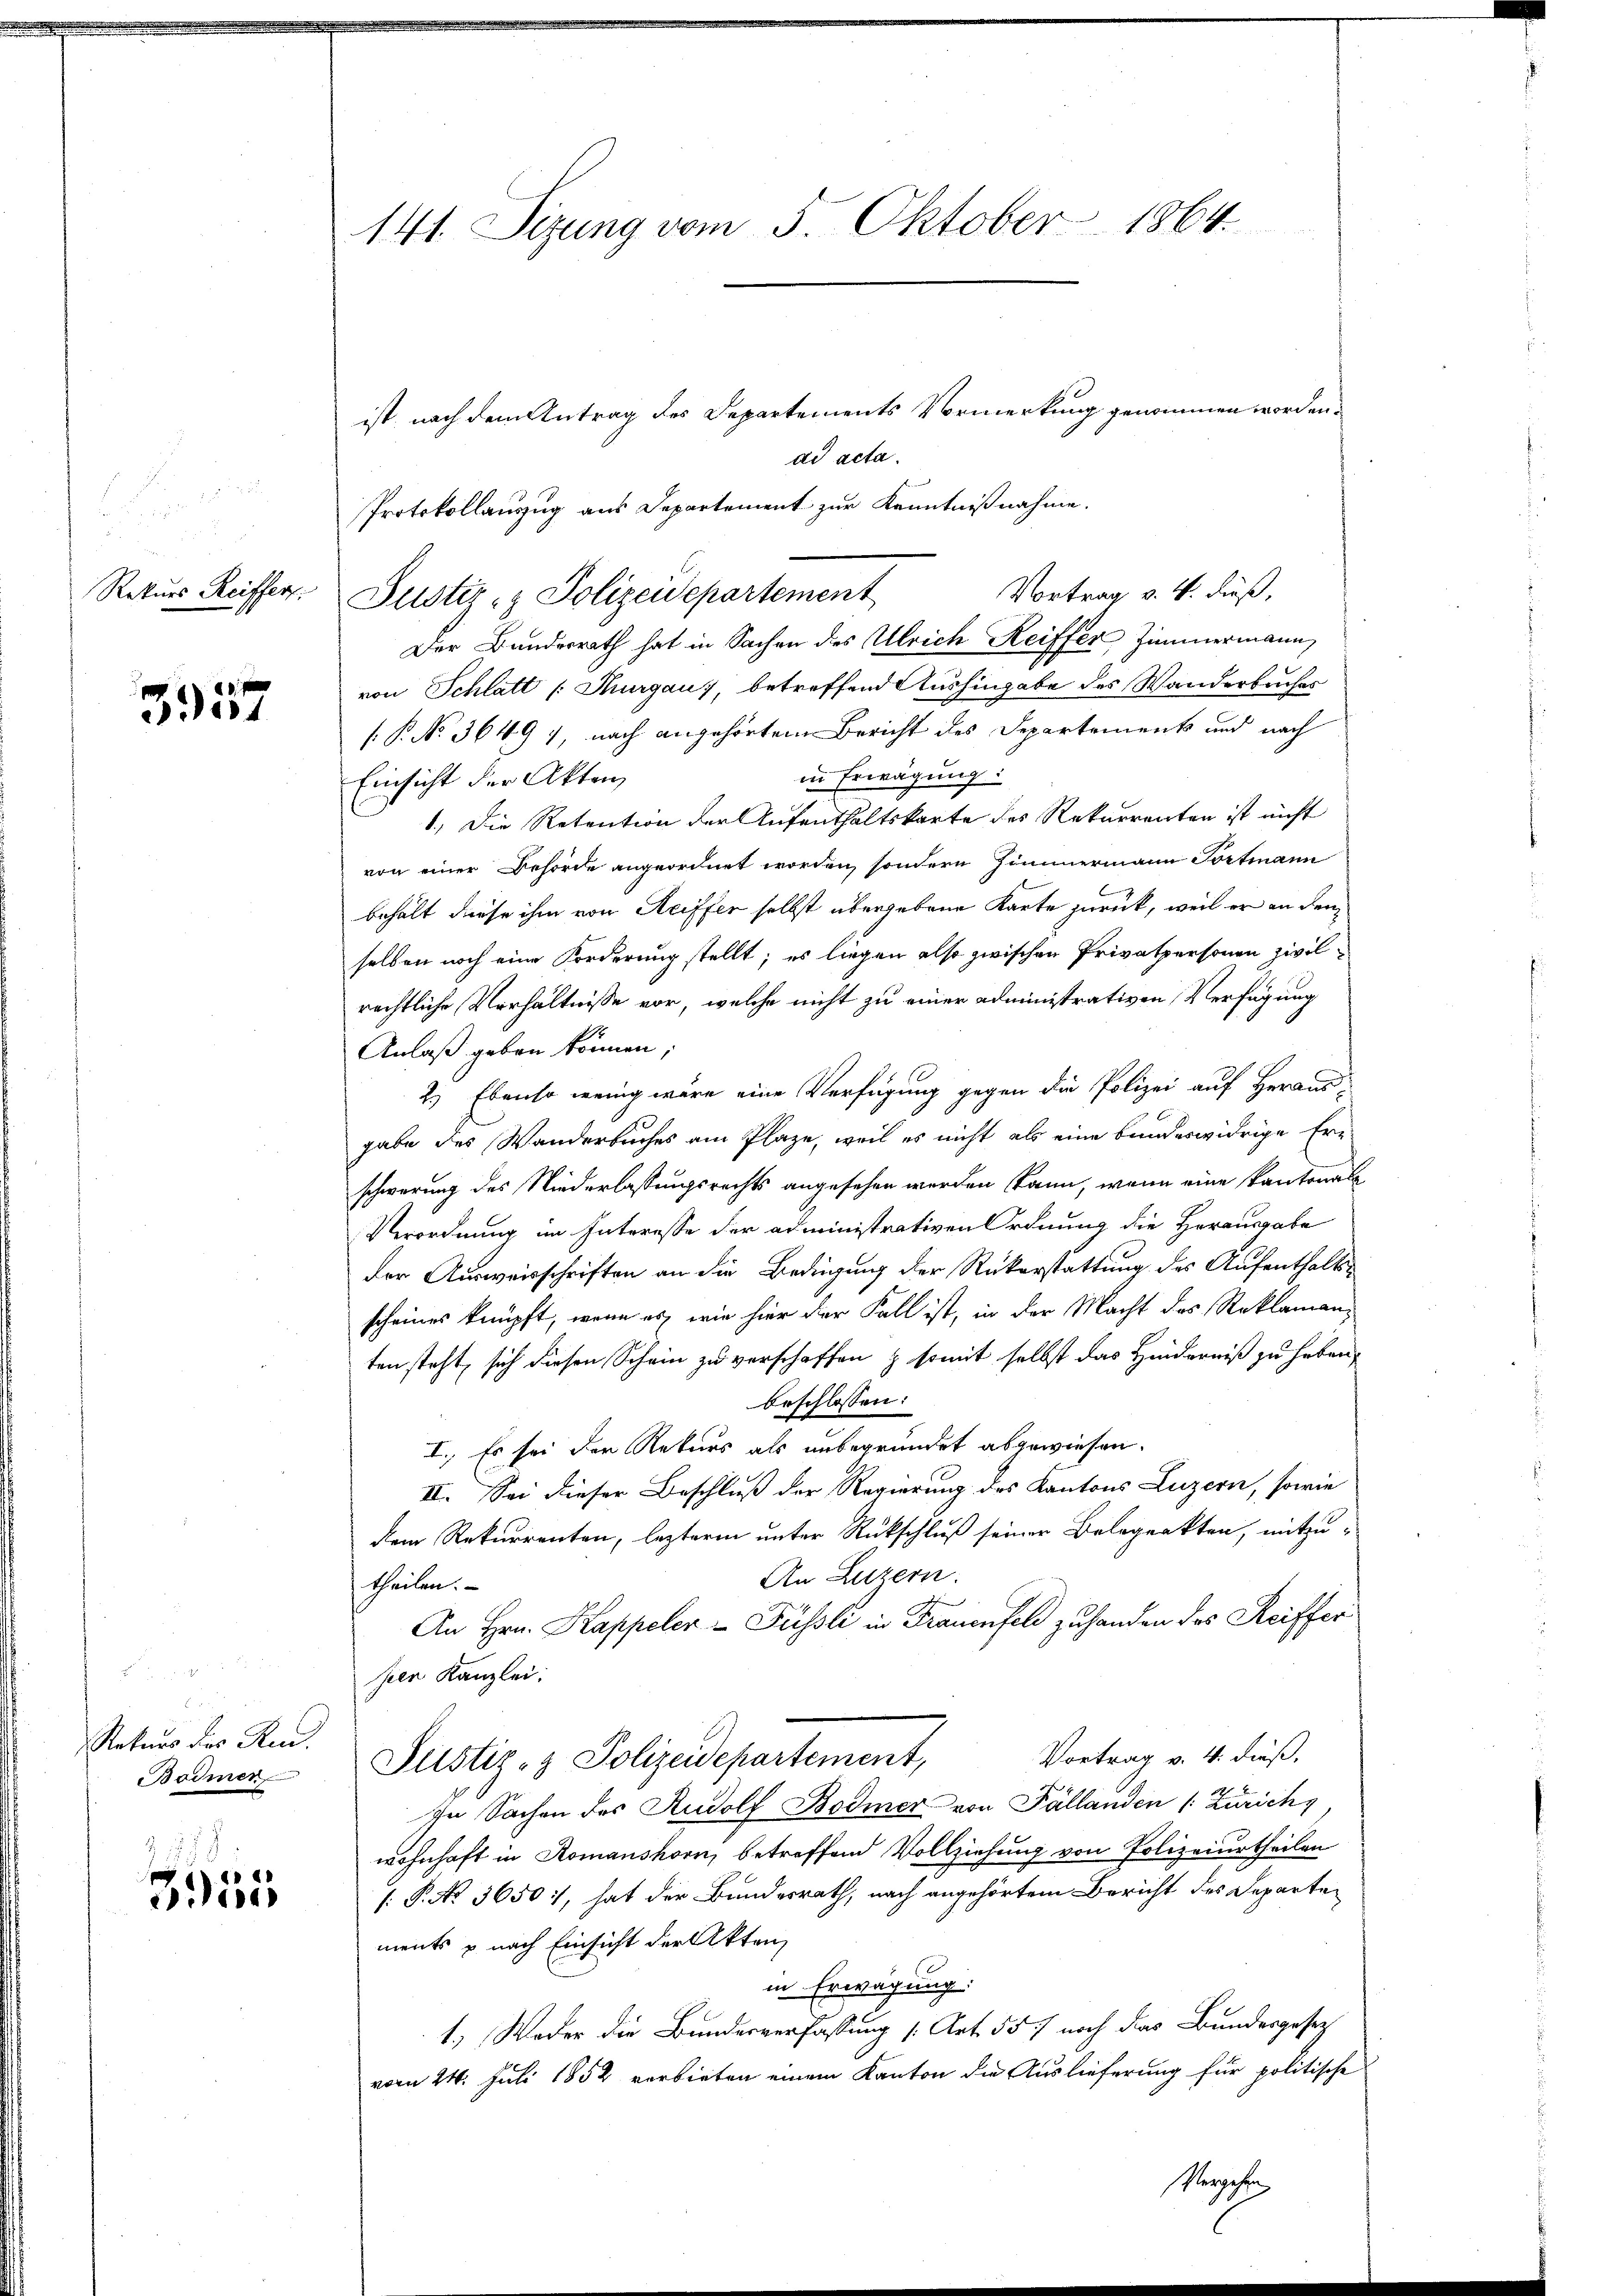
2

39157

n

Rekurs des Ren.
Bodmer

178
e
315

141. Sizung vom 5. Oktober 1864.

ist, nach dem Antrag des Departements Vormerkung genommen worden.
ad acta.
Protokollauszug aus Departement zur Kenntnißnahme.
Vortrag v. 4. dieß,
Der Bundesrath hat in Sachen des Ulrich Reiffer Zimmermann,
von Schlatt (Thurgau), betreffend Aushingabe des Wanderbuches
.P. No. 3649, nach angehörtem Bericht des Departement und nach
in Erwägung:
Einsicht der Akten
1.) Die Retention der Aufenthaltskarte des Rekurrenten ist nicht
von einer Behörde angeordnet worden, sondern Zimmermann Portmann
behält diese ihm von Seiffer selbst übergebene Karte zurück, weil er an den
selben noch eine Forderung stellt; es liegen also zwischen Privatpersonen zivilrechtliche Verhältnisse vor, welche nicht zu einer administrativen Verfügung
Anlaß geben können;
2.) Ebenso wenig wäre eine Verfügung gegen die Polizei auf Heraus-
gabe des Wanderbuches am Plaze, weil es nicht als eine bundeswidrige Ern
schwerung des Niederlassungsrechts angesehen werden kann, wenn eine kantonal
Verordnung im Interesse der administrativen Ordnung die Herausgabe
der Ausweisschriften an die Bedingung der Rückerstattung des Aufenthaltsscheines knüpft, wenn es wie hier der Fall ist, in der Macht des Reklamanten steht, sich diesen Schein zu verschaffen & somit selbst das Hinderniß zu haben,
beschlossen:
I. Es sei der Rekurs als unbegründet abgewiesen.
II. Sei dieser Beschluß der Regierung des Kantons Luzern, sowie
dem Rekurrenten, lezterm unter Rückschluß seiner Belegenkten, mitzu-
An Luzern.
theilen.
An Hrn. Kappeler - Füssli in Frauenfeld zuhanden des Reiffer
sien Kanzlei:
Vortrag v. 4. dieß,
Justiz- & Polizeidepartement,
In Sachen des Rudolf Bodmer von Pállanden (Zürich,
wohnhaft in Romanshorn, betreffend Vollziehung von Polizeiurtheilen
[P. No 3650, hat der Bundesrath, nach angehörtem Bericht des Departements u nach Einsicht der Akten,
s
in Erwägung:
1.) Weder die Bundesverfassung (Art. 557 noch das Bundesgesetz
vom 24. Juli 1852 verbieten einem Kanton die Auslieferung für politische
Vergehen,

Rekurs Reiffer Justiz- & Polizeidepartement